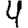
Digit: 4